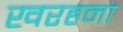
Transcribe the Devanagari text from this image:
खरहना